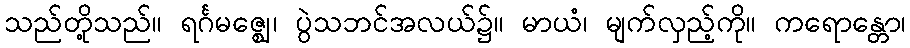
သည်တို့သည်။ ရင်္ဂမဇ္ဈေ၊ ပွဲသဘင်အလယ်၌။ မာယံ၊ မျက်လှည့်ကို။ ကရောန္တော၊